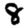
Digit: 8